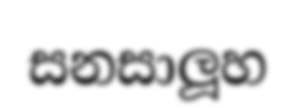
සනසාලූහ